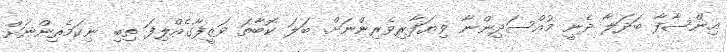
އިންސާފާ ބަދަލާ ދެނީ މުއްސަދިންނާ ވިޔަފާރިވެރިންނަށް. ބަލަ ކޮބާތަ ވަޒީފާގެއްލިފަ ތިބި ނިކަމެތިންނަށް